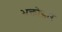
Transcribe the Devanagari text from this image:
भक्तोद्धार